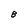
Character: 8